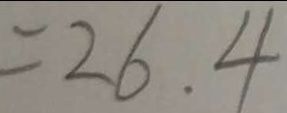
= 2 6 . 4